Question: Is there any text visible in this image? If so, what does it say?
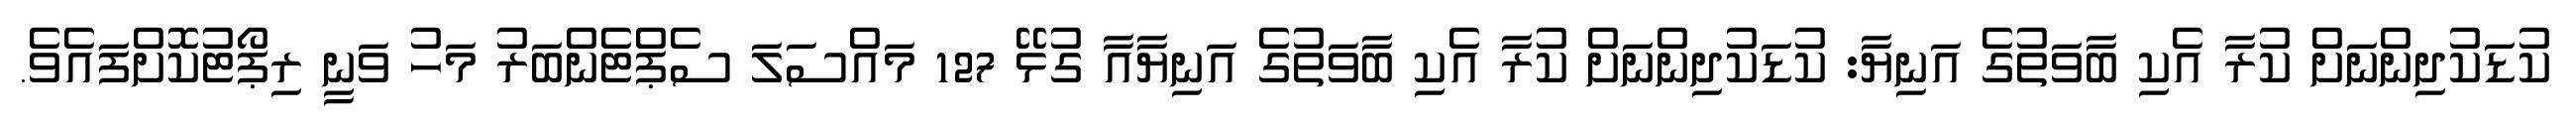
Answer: ކުޑަކުދިންނަށް ކުރާ އެކި ބާވަތުގެ އަނިޔާ: ކުޑަކުދިންނަށް ކުރާ އެކި ބާވަތުގެ އަނިޔާއާ ގުޅޭ 127 މައްސަލަ ސެޕްޓެންބަރު މަހު ވަނީ ރިޕޯޓުކޮށްފައެވެ.